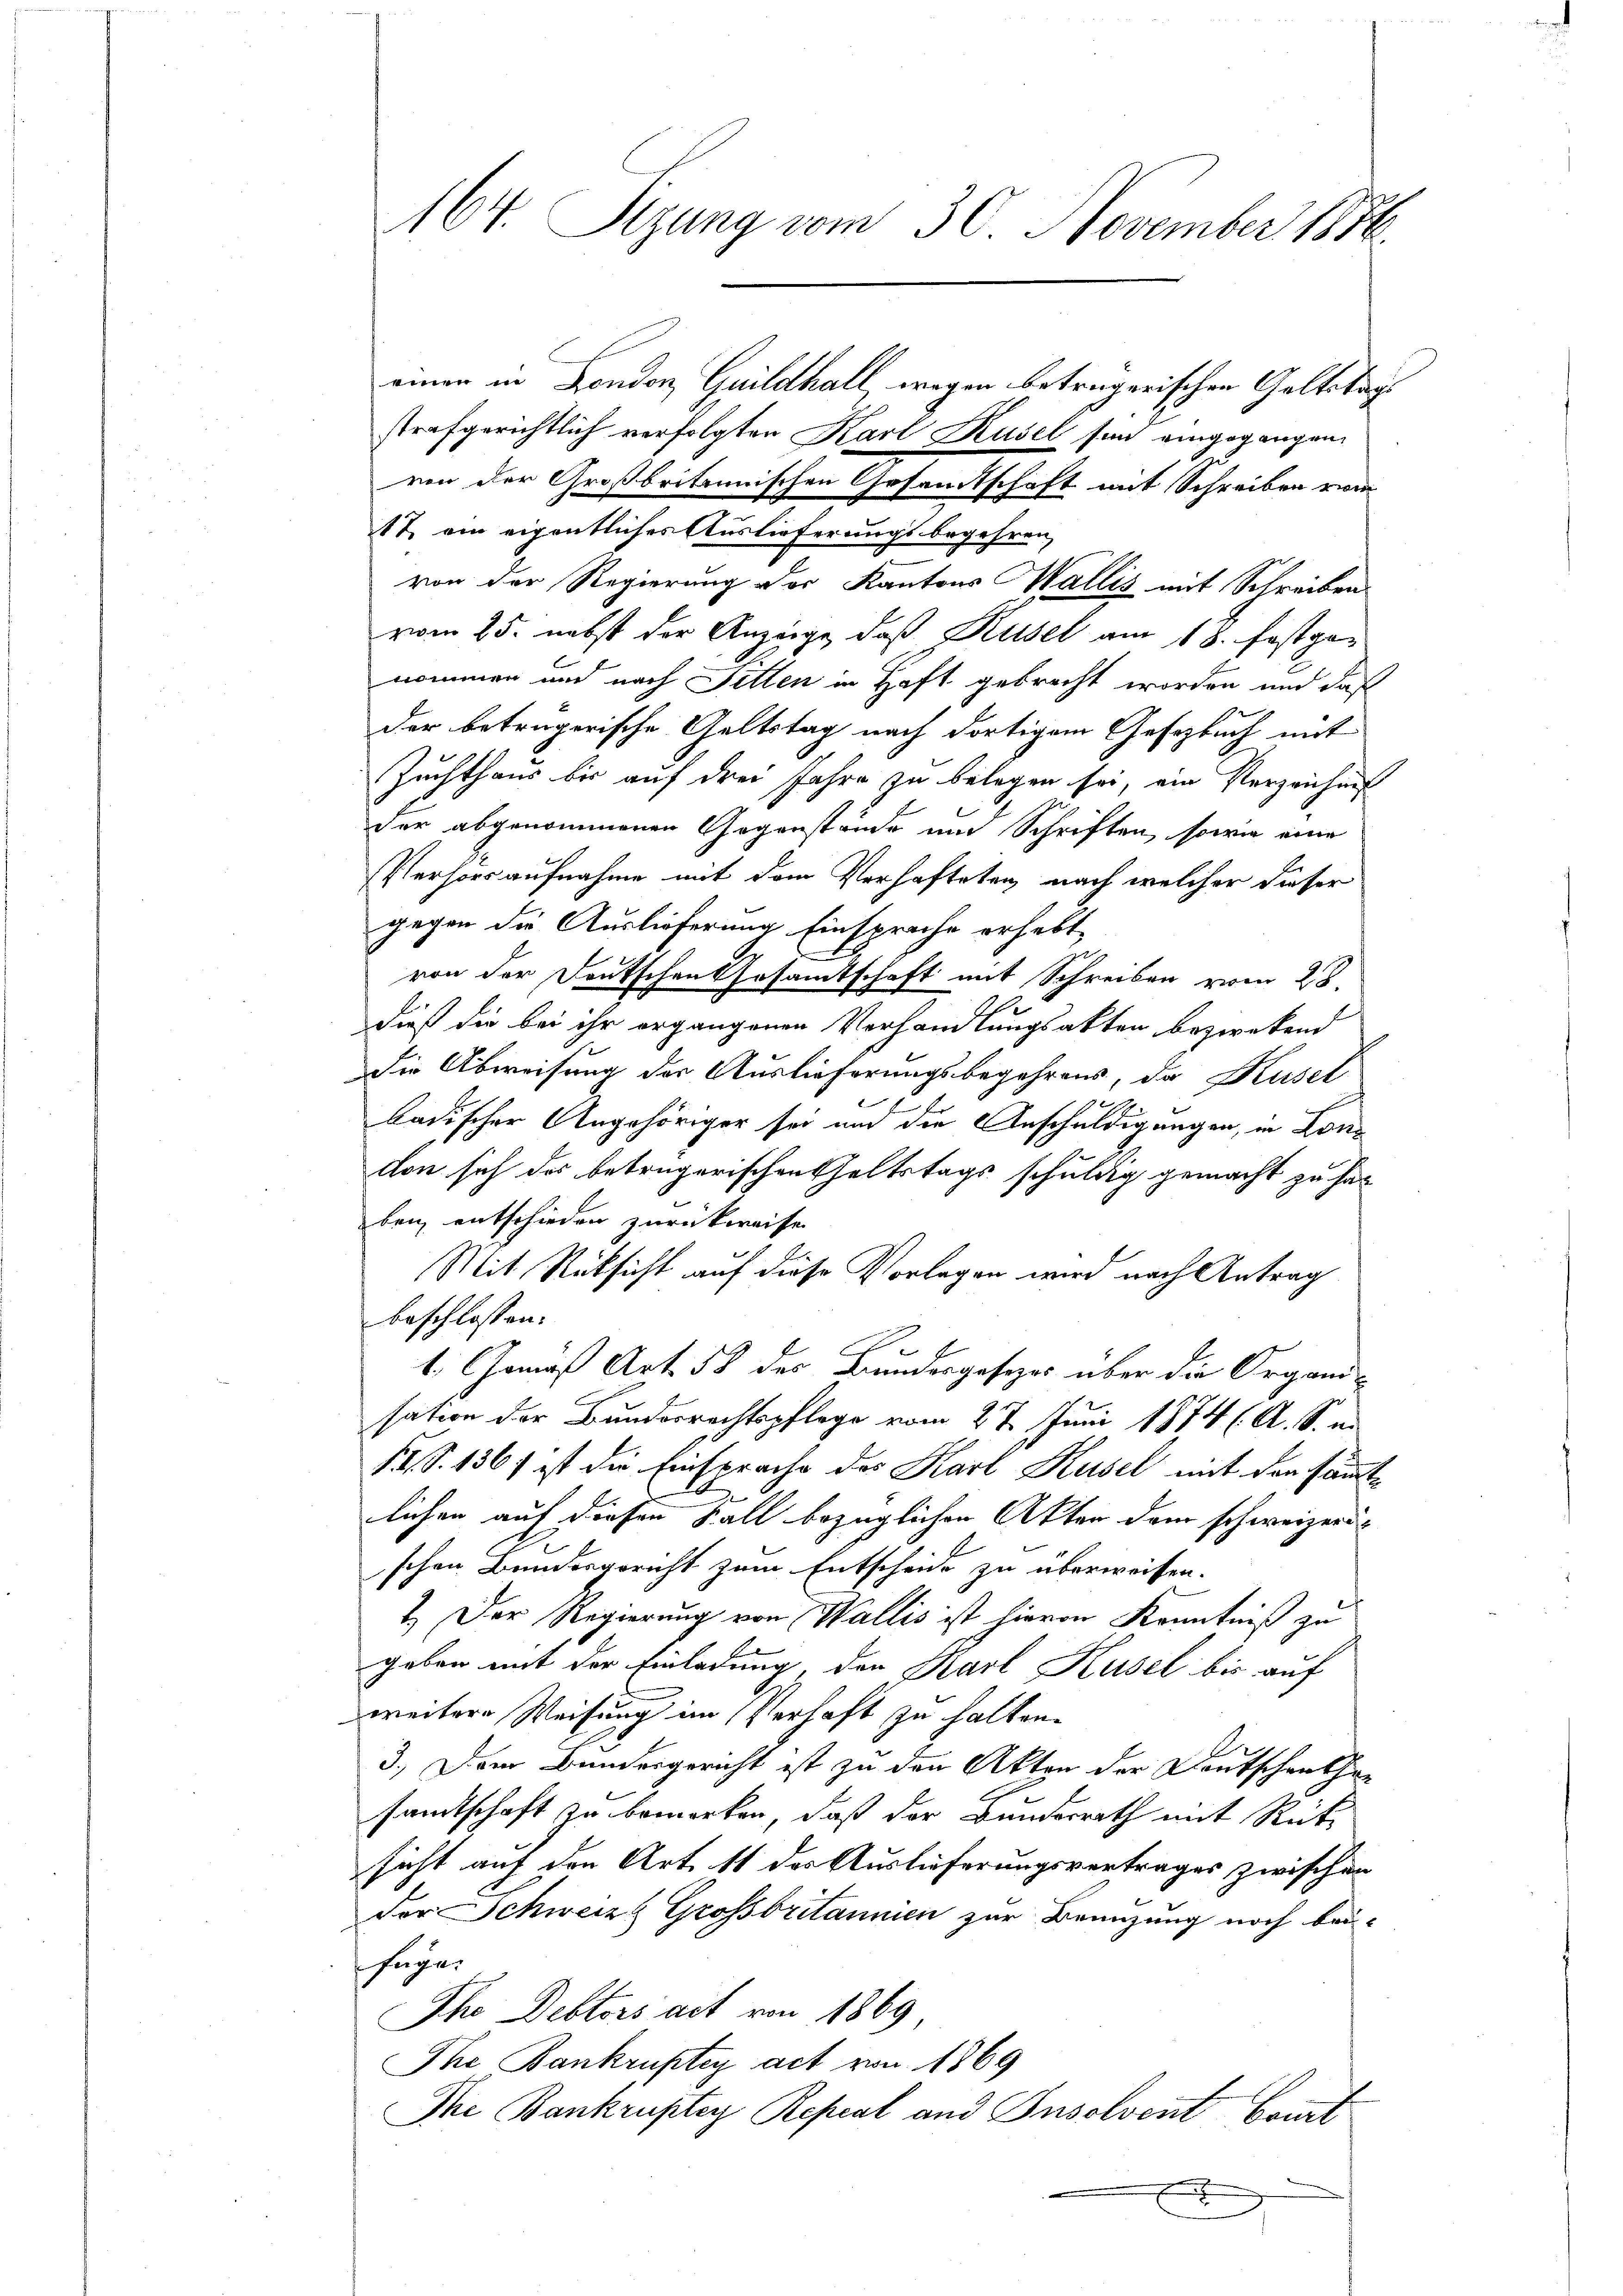
strafgerichtlich verfolgten Karl Kusel son eingegangen
ren der Großbritannischen Gesandtschaft mit Schreiben rein
1 & ein eigentliches Auslieferungsbegehren,
von der Regierung der Kantons Wallis mit Schreiben
vom 25. nebst der Anzüge, daß Rusel am 18. festgenommen und nach Tetten in Haft gebracht worden und daß
der betrügerische Geltstag nach dortigem Gesetzbuch mit
Zuchthaus bis auf drei Jahre zu belegen sei, ein Verzeichnis
der abgenommenen Gegenstände und Schriften, sowie eine
Verhör aufnahme mit dem Verhafteten, nach welcher dieser
gegen die Auslieferung Einsprache erhebt,
von der Deutschen Gesamtschaft mit Schreiben vom 28.
dieß die bei ihr organgenen Verhandlungsakten bezweckend
die Abweisung der Auslieferungsbegehrens, da Kusel
badischer Angehöriger sei und die Anschuldigungen, in Lonw
don sich der betrügerischen haltstags schuldig gemacht zu hal
ben entschieden zurückweisen
Mit Rücksicht auf diese Vorlagen wird nach Antrag
beschlossen:
t. Gemäß Art. 58 des Bundesgesezes über die Organi-
sation der Bundesrechtspflege vom 27. Juni 1874 (A. S.
IIS. 136) ist die Einsprache des Karl Kusel mit den sämmt
lichen auf diesen Fall bezüglichen Akten dem schweizeris
schen Bundesgericht zum Entscheide zu überweisen.
1.) Der Regierung von Wallis ist hievon Kenntniß zu
geben mit der Einladung, der Karl Kusel bis auf
weitere Weisung im Verhaft zu halten.
3.) Dem Bundesgericht ist zu den Akten der Deutschentha
sandtschaft zu bemerken, daß der Bundesrath mit Rütsicht auf den Art. 11 des Auslieferungsvertrages zwischen
der Schweizz Grossbritannien zur Benuzung noch bei¬
Fügen
Ihr Dektors act von 1869
The Bankrüptey act von 1869
Ihe Bankruptey Repeal und Insolvent Comt
.

164. Sizung vom 30. November 1886

einen in Fonden Guildhall wegen beträgerischen Geltstag